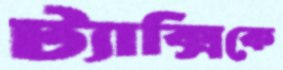
ট্যাক্সিকে